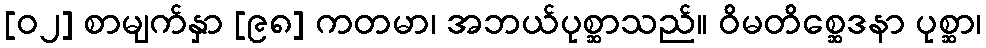
[၀၂] စာမျက်နှာ [၉၈] ကတမာ၊ အဘယ်ပုစ္ဆာသည်။ ဝိမတိစ္ဆေဒနာ ပုစ္ဆာ၊